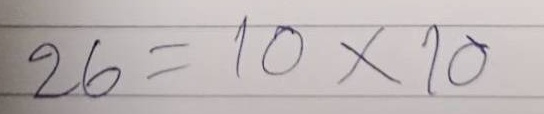
26 = 10x10